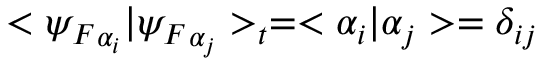
< { \psi _ { F } } _ { \alpha _ { i } } | { \psi _ { F } } _ { \alpha _ { j } } > _ { t } = < \alpha _ { i } | \alpha _ { j } > = \delta _ { i j }